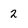
Character: 2